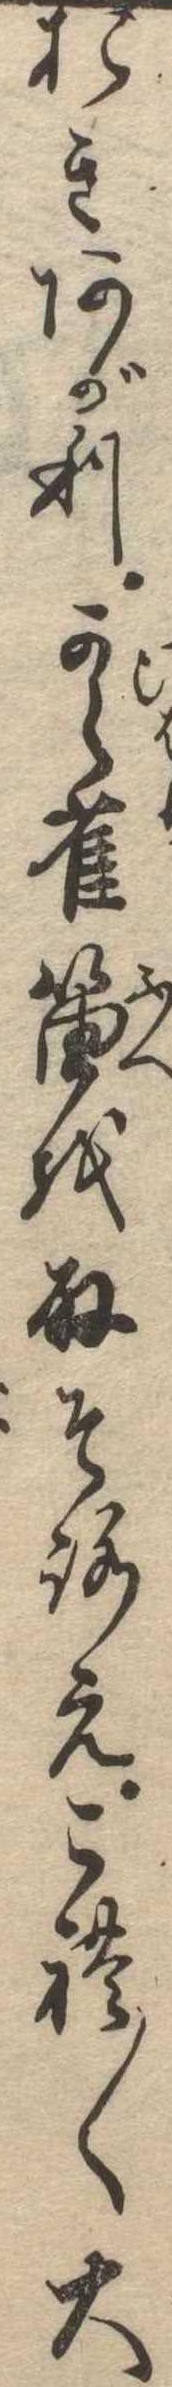
おきあがり雲雀笛を取そろえこれ〱大